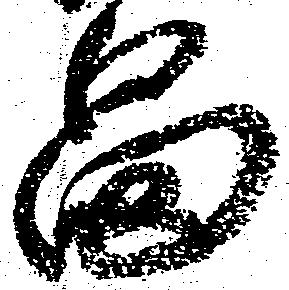
畠